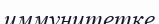
иммунитетке